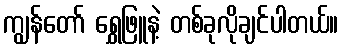
ကျွန်တော် ရွှေဖြူနဲ့ တစ်ခုလိုချင်ပါတယ်။